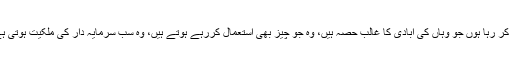
یہ میں وہاں کے ایک عام آدمی کی بات کر رہا ہوں جو وہاں کی آبادی کا غالب حصہ ہیں، وہ جو چیز بھی استعمال کررہے ہوتے ہیں، وہ سب سرمایہ دار کی ملکیت ہوتی ہے، جن کی یہ قسطیں اتارتے رہتے ہیں۔